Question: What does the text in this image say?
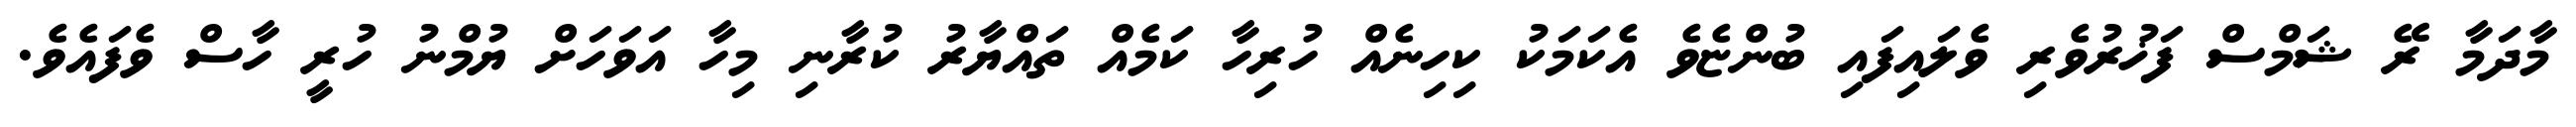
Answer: މާދަމާ ރޭ ޝަމްސް ފަޚުރުވެރި ވެލައިފައި ބުންޏެވެ އެކަމަކު ކިހިނެއް ހުރިހާ ކަމެއް ތައްޔާރު ކުރާނި މިހާ އަވަހަށް ޔުމްނު ހުރީ ހާސް ވެފައެވެ.